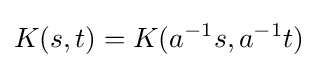
K(s,t)=K(a^{-1}s,a^{-1}t)